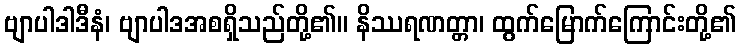
ဗျာပါဒါဒီနံ၊ ဗျာပါဒအစရှိသည်တို့၏။ နိဿရဏတ္တာ၊ ထွက်မြောက်ကြောင်းတို့၏